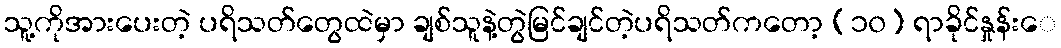
သူ့ကိုအားပေးတဲ့ ပရိသတ်တွေထဲမှာ ချစ်သူနဲ့တွဲမြင်ချင်တဲ့ပရိသတ်ကတော့ (၁၀) ရာခိုင်နှုန်းေ